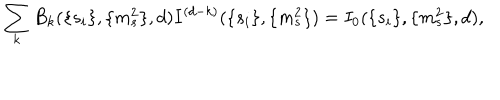
\sum _ { k } B _ { k } ( \{ s _ { i } \} , \{ m _ { s } ^ { 2 } \} , d ) I ^ { ( d - k ) } ( \{ s _ { i } \} , \{ m _ { s } ^ { 2 } \} ) = I _ { 0 } ( \{ s _ { i } \} , \{ m _ { s } ^ { 2 } \} , d ) ,